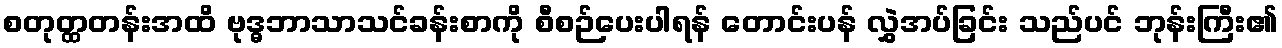
စတုတ္ထတန်းအထိ ဗုဒ္ဓဘာသာသင်ခန်းစာကို စီစဉ်ပေးပါရန် တောင်းပန် လွှဲအပ်ခြင်း သည်ပင် ဘုန်းကြီး၏